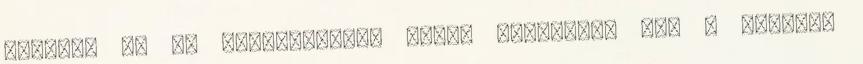
dogokat Ez az alapszabály. Miért változnak meg a férfiak